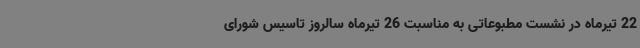
22 تیرماه در نشست مطبوعاتی به مناسبت 26 تیرماه سالروز تاسیس شورای